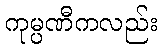
ကုမ္ပဏီကလည်း